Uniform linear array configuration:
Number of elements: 48
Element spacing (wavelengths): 0.25
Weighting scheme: hamming
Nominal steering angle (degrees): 60
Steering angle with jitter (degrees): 61.759
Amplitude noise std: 0.05
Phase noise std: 0.05

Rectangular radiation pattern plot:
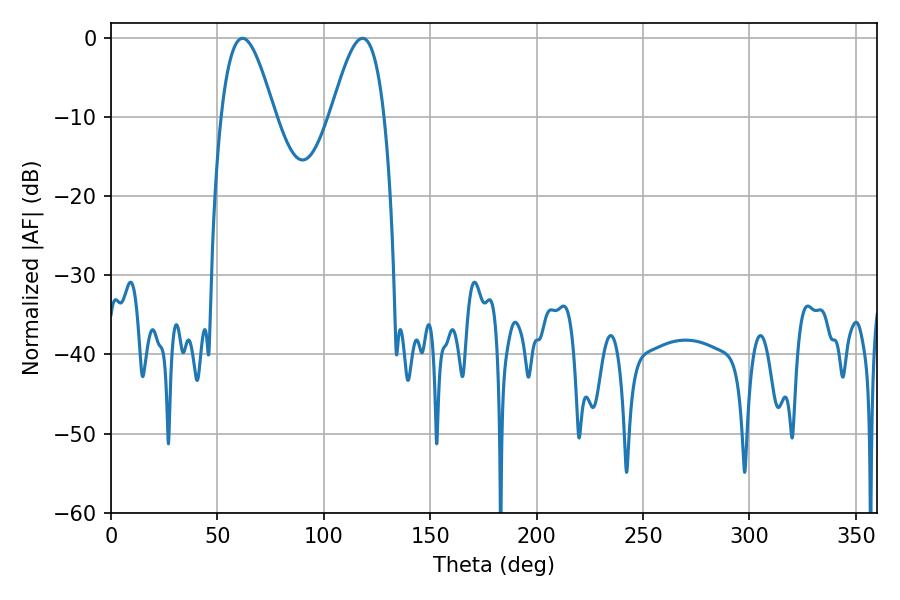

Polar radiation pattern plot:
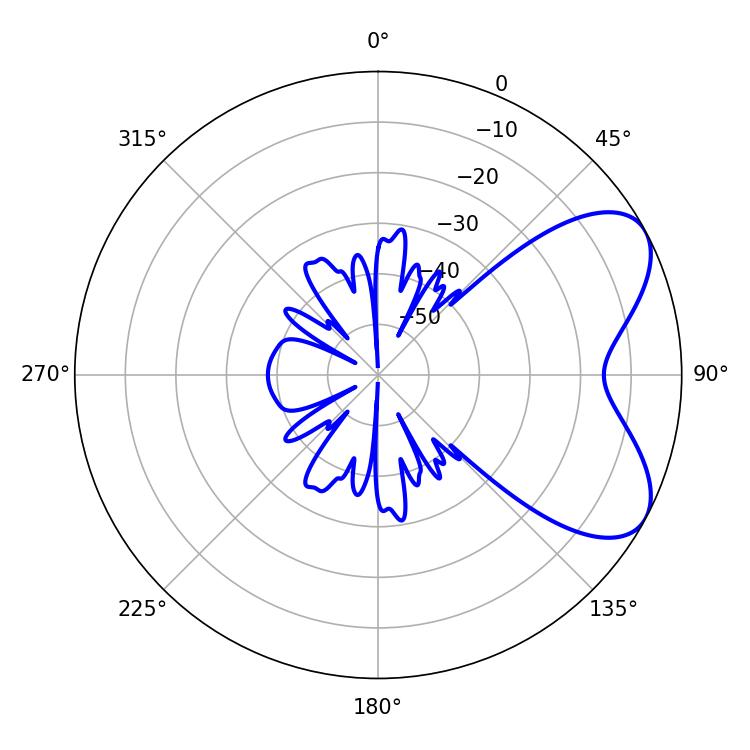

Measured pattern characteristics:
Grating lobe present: FALSE
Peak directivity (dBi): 6.277
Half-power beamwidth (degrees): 13.5
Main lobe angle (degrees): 61.74